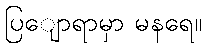
ပြျောရာမှာ မနရေ။